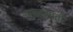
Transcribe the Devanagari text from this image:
राष्त्रपती